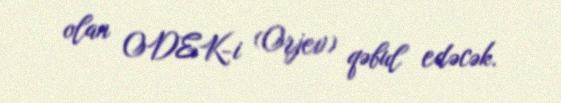
olan ODEK-i (Orjev) qəbul edəcək.